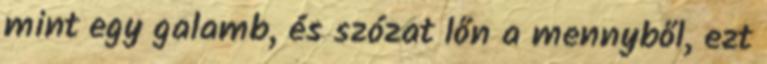
mint egy galamb, és szózat lőn a mennyből, ezt